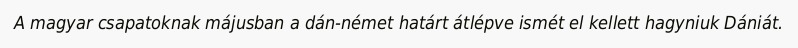
A magyar csapatoknak májusban a dán-német határt átlépve ismét el kellett hagyniuk Dániát.